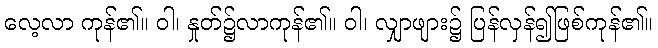
လေ့လာ ကုန်၏။ ဝါ၊ နှုတ်၌လာကုန်၏။ ဝါ၊ လျှာဖျား၌ ပြန်လှန်၍ဖြစ်ကုန်၏။